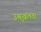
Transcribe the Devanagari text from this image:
उश्रृखंलता